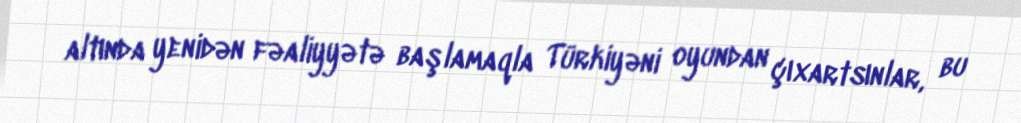
altında yenidən fəaliyyətə başlamaqla Türkiyəni oyundan çıxartsınlar, bu